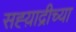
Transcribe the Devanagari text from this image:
सह्य़ाद्रीच्या